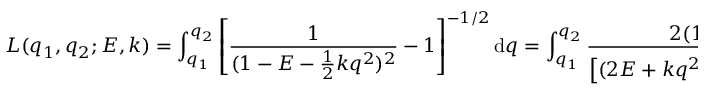
L ( q _ { 1 } , q _ { 2 } ; E , k ) = \int _ { q _ { 1 } } ^ { q _ { 2 } } \left[ \frac { 1 } { ( 1 - E - \frac { 1 } { 2 } k q ^ { 2 } ) ^ { 2 } } - 1 \right] ^ { - 1 / 2 } \mathrm { d } q = \int _ { q _ { 1 } } ^ { q _ { 2 } } \frac { 2 ( 1 - E ) - k q ^ { 2 } } { \left[ ( 2 E + k q ^ { 2 } ) ( 4 - 2 E - k q ^ { 2 } ) \right] ^ { 1 / 2 } } \mathrm { d } q .